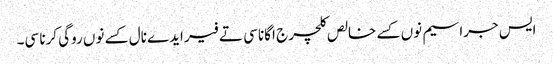
ایس جراسیم نوں کسے خالص کلچر ج اگانا سی تے فیر ایدے نال کسے نوں روگی کرنا سی۔